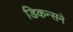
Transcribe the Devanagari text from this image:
डिकन्सने